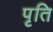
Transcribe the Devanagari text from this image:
पृति